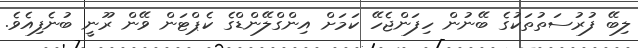
ލިބޭ ފުރުސަތުތަކުގެ ބޭނުން ހިފަންޖެހޭ ކަމަށް އިންގްލޭންޑްގެ ކެޕްޓަން ވޭން ރޫނީ ބުނެފިއެވެ.